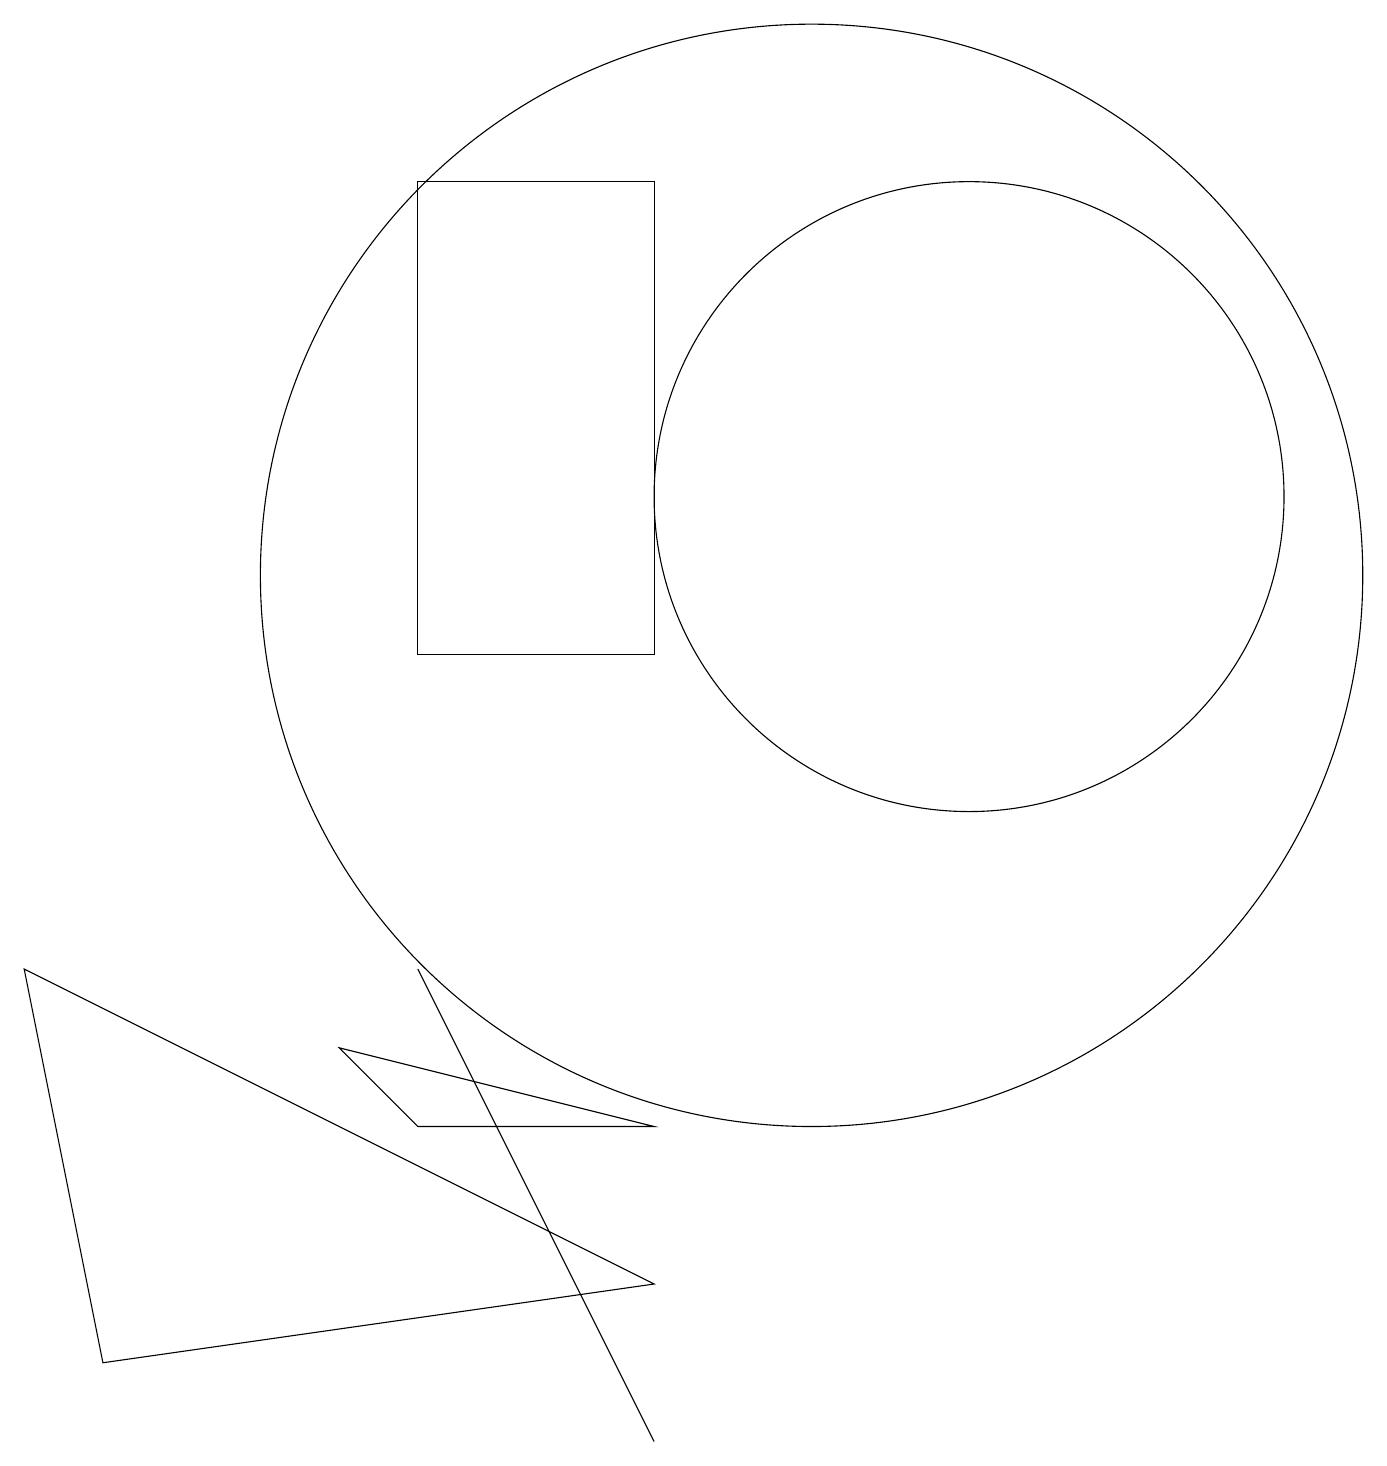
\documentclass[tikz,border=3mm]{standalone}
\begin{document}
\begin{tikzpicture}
\draw (5,6) -- (5,6) -- (8,0) -- cycle;
\draw (10,11) circle (7);
\draw (12,12) circle (4);
\draw (8,4) -- (5,4) -- (4,5) -- cycle;
\draw (5,10) rectangle (8,16);
\draw (1,1) -- (0,6) -- (8,2) -- cycle;
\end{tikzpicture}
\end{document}